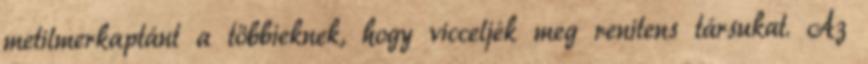
metilmerkaptánt a többieknek, hogy vicceljék meg renitens társukat. Az